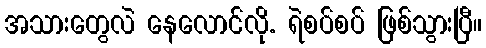
အသားတွေလဲ နေလောင်လို. ရဲစပ်စပ် ဖြစ်သွားပြီ။